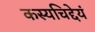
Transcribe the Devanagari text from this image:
कस्यचिद्देयं